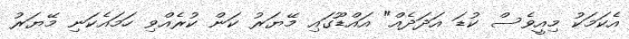
އެކަމަކު މިއީވެސް ކުޑަ އަދަދެއް" އައްޑޫގައި މޭޔަރު ކަން ކުރެއްވި ހަމައެކަނި މޭޔަރު